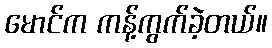
မောင်က ကန့်ကွက်ခဲ့တယ်။